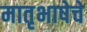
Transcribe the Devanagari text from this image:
मातृभाषेचे